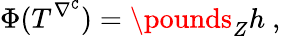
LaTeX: \Phi(T^{\nabla^{\mathtt{C}}})=\pounds_{Z}h\ ,